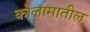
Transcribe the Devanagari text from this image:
कोलामातील